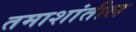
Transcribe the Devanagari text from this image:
तमाशांतील